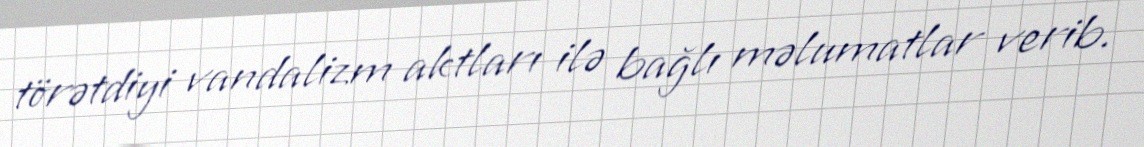
törətdiyi vandalizm aktları ilə bağlı məlumatlar verib.